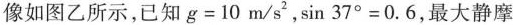
像如图乙所示，已知$$g=10m/s^{2}$$，$$\sin37^{\circ}=0.6$$，最大静摩